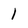
Character: 1